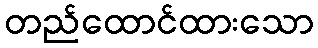
တည်ထောင်ထားသော